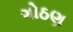
ગોઠણ